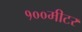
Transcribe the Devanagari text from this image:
१००मीटर